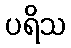
ပရိသ